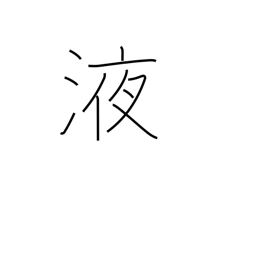
Meaning: juice